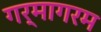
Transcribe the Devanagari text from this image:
गर्मागरम